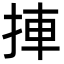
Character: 捙